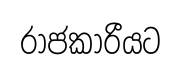
රාජකාරීයට